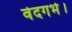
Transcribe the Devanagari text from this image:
वेदगर्भ।